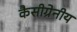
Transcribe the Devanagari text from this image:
कैसीग्रेनीय